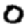
Digit: 0